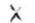
X